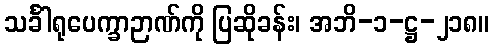
သင်္ခါရုပေက္ခာဉာဏ်ကို ပြဆိုခန်း၊ အဘိ-၁-ဋ္ဌ-၂၁၈။